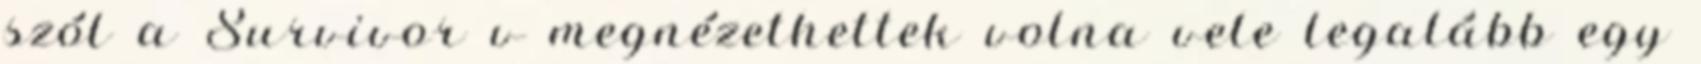
szól a Survivor v megnézethettek volna vele legalább egy